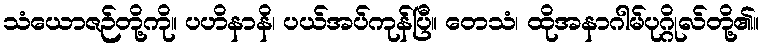
သံယောဇဉ်တို့ကို။ ပဟိနာနိ၊ ပယ်အပ်ကုန်ပြီ။ တေသံ၊ ထိုအနာဂါမ်ပုဂ္ဂိုလ်တို့၏။